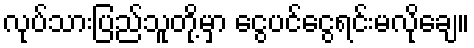
လုပ်သားပြည်သူတို့မှာ ငွေပင်ငွေရင်းမလိုချေ။